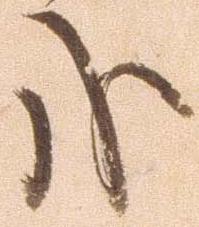
哉